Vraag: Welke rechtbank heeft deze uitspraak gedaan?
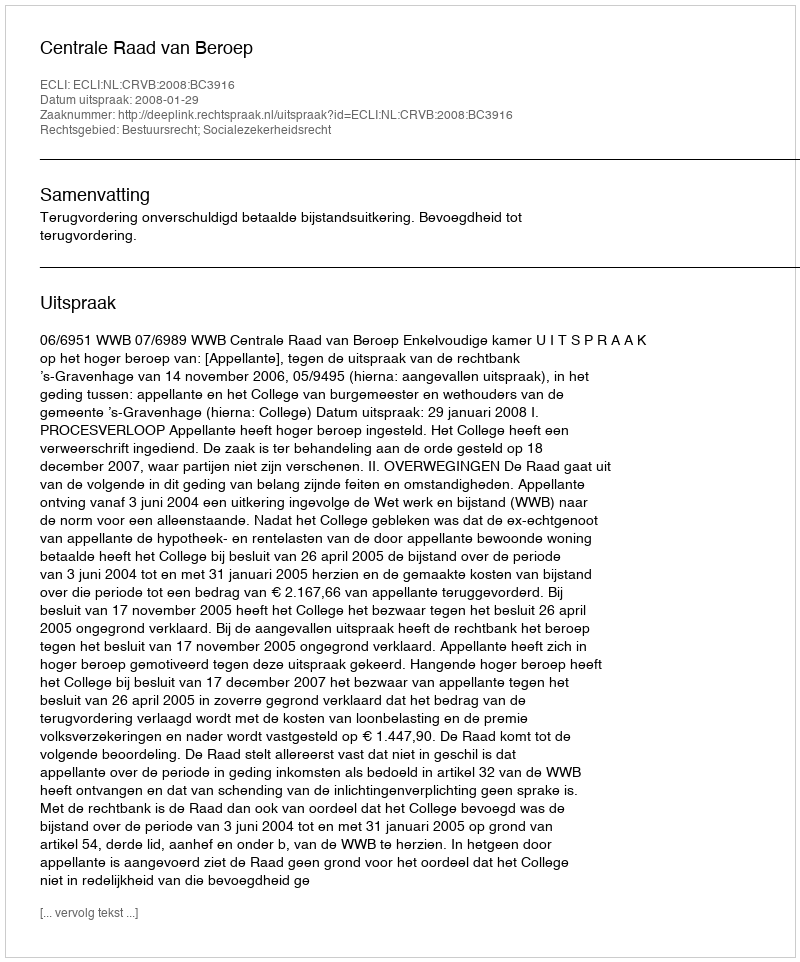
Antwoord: Centrale Raad van Beroep